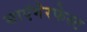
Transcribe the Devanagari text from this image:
साएंगेरफेस्ट